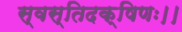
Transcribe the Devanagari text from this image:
स्वस्तिदक्षिणः।।